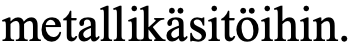
metallikäsitöihin.